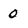
Character: 0